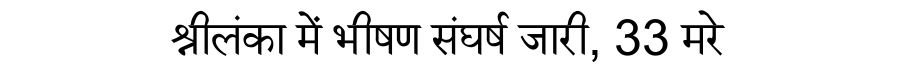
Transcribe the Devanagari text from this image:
श्रीलंका में भीषण संघर्ष जारी, 33 मरे